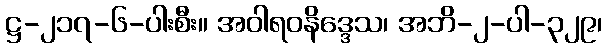
ဋ္ဌ-၂၁၇-၆-ပါးစီး။ အဝါရဝနိဒ္ဒေသ၊ အဘိ-၂-ပါ-၃၂၉၊